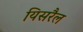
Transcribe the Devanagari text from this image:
यिसरैल